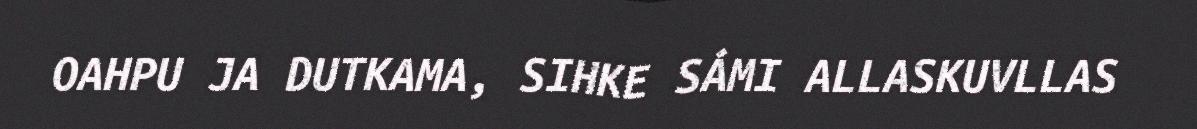
OAHPU JA DUTKAMA, SIHKE SÁMI ALLASKUVLLAS